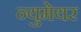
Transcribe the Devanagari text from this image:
न्युमेयर